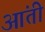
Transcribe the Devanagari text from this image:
आंती